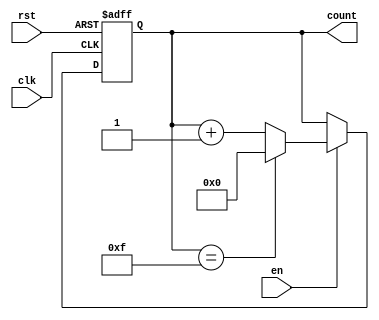
module MultiBitCounter #(
    parameter WIDTH = 4  // Parameter for bit width of the counter
)(
    input wire clk,      // Clock input
    input wire rst,      // Asynchronous reset
    input wire en,       // Enable signal
    output reg [WIDTH-1:0] count // n-bit count output
);

    // Maximum value for the counter based on the width
    localparam MAX_COUNT = (1 << WIDTH) - 1;

    // Always block for counter operation
    always @(posedge clk or posedge rst) begin
        if (rst) begin
            count <= 0; // Reset the count to 0
        end else if (en) begin
            if (count == MAX_COUNT) begin
                count <= 0; // Wrap around to 0
            end else begin
                count <= count + 1; // Increment the count
            end
        end
        // If enable is low, the counter retains its value
    end

endmodule